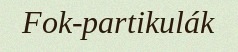
Fok-partikulák